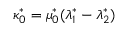
\kappa _ { 0 } ^ { * } = \mu _ { 0 } ^ { * } ( \lambda _ { 1 } ^ { * } - \lambda _ { 2 } ^ { * } )